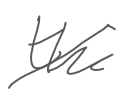
Text: the
Cross-out: diagonal
Writing tool: digital_gray